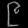
Digit: ၉